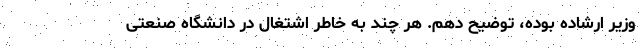
وزیر ارشاده بوده، توضیح دهم. هر چند به خاطر اشتغال در دانشگاه صنعتی